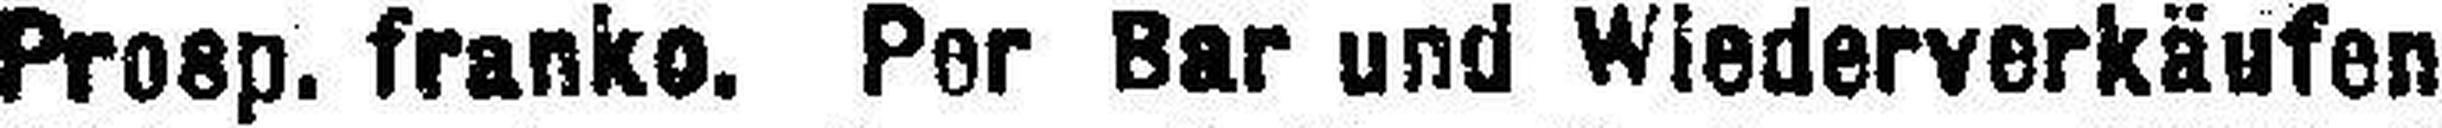
Prosp. franko. Per Bar und Wiederverkäufen